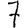
Digit: 7